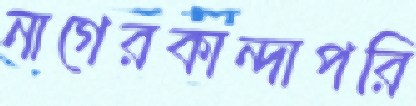
নাগেরকান্দাপরি